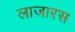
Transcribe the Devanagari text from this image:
लाजारस